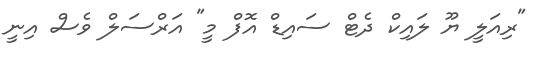
"ރިއަލީ ޔޫ ލައިކް ދެޓް ސައިޑް އޮފް މީ" އަރްސަލް ވެސް އިނީ